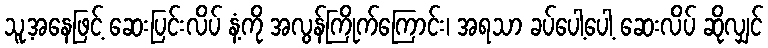
သူ့အနေဖြင့် ဆေးပြင်းလိပ် နံ့ကို အလွန်ကြိုက်ကြောင်း၊ အရသာ ခပ်ပေါ့ပေါ့ ဆေးလိပ် ဆိုလျှင်